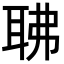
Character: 𦕚